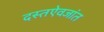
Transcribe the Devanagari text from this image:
दस्तऐवजांत